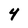
Character: 4